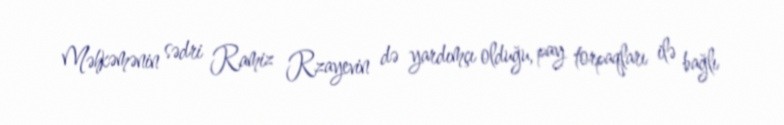
Məhkəmənin sədri Ramiz Rzayevin də yardımçı olduğu, pay torpaqları ilə bağlı